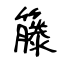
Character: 籐